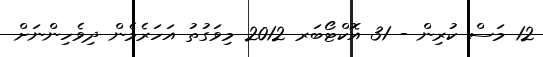
12 މަސް ކުރިން - 31 އޮކްޓޯބަރ 2012 މިވަގުތު އަހަރެމެން ދިވެހިންނަށް